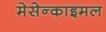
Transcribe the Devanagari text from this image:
मेसेन्काइमल